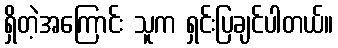
ရှိတဲ့အကြောင်း သူက ရှင်းပြချင်ပါတယ်။